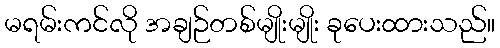
မရမ်းကင်လို အချဉ်တစ်မျိုးမျိုး ခုပေးထားသည်။